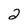
Character: 2